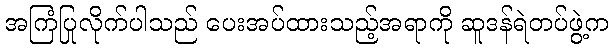
အကြံပြုလိုက်ပါသည် ပေးအပ်ထားသည့်အရာကို ဆူဒန်ရဲတပ်ဖွဲ့က